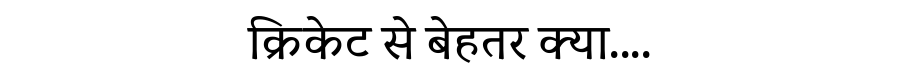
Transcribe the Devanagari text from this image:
क्रिकेट से बेहतर क्या....